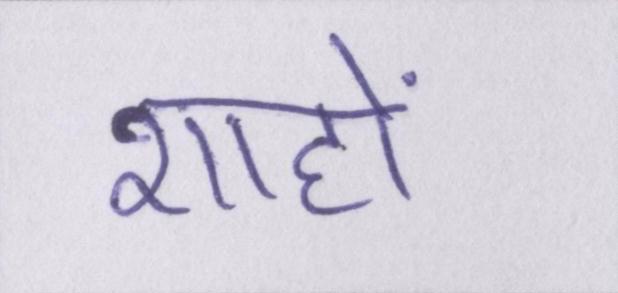
शाहों